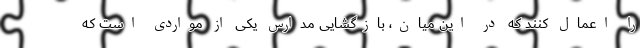
را اعمال کنند که در این میان، بازگشایی مدارس یکی از مواردی است که